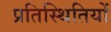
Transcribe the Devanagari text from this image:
प्रतिस्थितियों